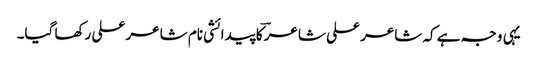
یہی وجہ ہے کہ شاعر علی شاعرؔ کا پیدائشی نام شاعر علی رکھا گیا۔